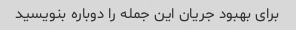
برای بهبود جریان این جمله را دوباره بنویسید